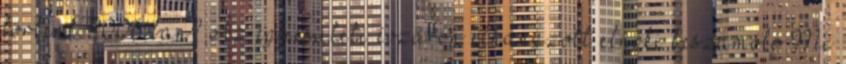
történt 2006-ban? Az egyesületi évzárón elhangzott elnöki beszámoló Mi